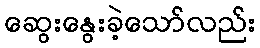
ဆွေးနွေးခဲ့သော်လည်း